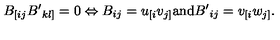
B _ { [ i j } { B ^ { \prime } } _ { k l ] } = 0 \Leftrightarrow B _ { i j } = u _ { [ i } v _ { j ] } \mathrm { a n d } { B ^ { \prime } } _ { i j } = v _ { [ i } w _ { j ] } .